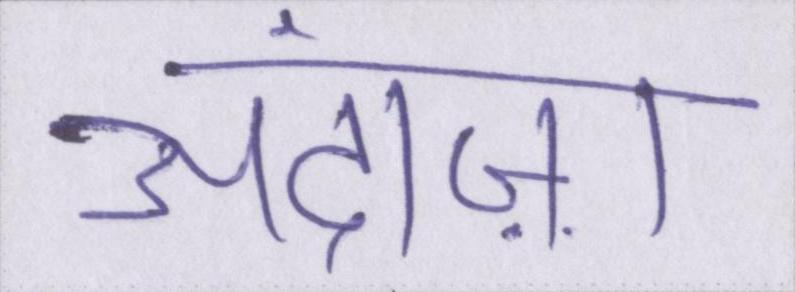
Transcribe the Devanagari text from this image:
अंदाज़ा